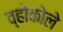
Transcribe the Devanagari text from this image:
व्होकोले